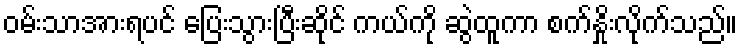
ဝမ်းသာအားရပင် ပြေးသွားပြီးဆိုင် ကယ်ကို ဆွဲထူကာ စက်နှိုးလိုက်သည်။